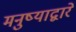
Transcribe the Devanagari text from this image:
मनुष्याद्वारे